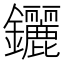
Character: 𨰣